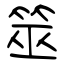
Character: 筮